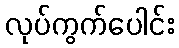
လုပ်ကွက်ပေါင်း